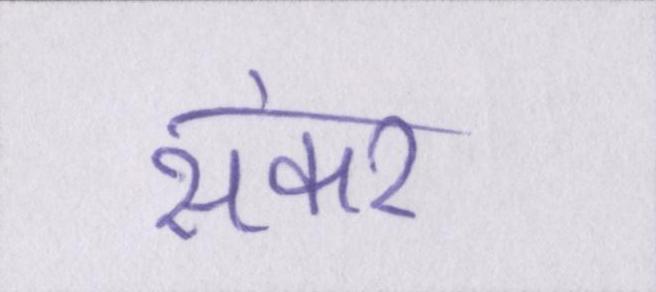
संकर